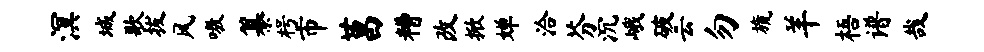
溟城歌拔风嗷纂枵市莒糟改掀婵洽芬沉峨破云勿旒羊梧谱哉